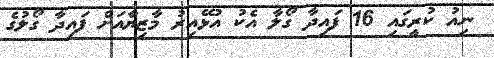
ނިއު ކުރީގައި 16 ފައިދާ ގޯލާ އެކު އުޅޭއިރު މާޒިޔާއަށް ފައިދާ ގޯލުގެ